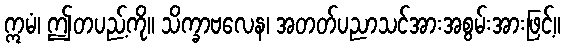
ဣမံ၊ ဤတပည့်ကို။ သိက္ခာဗလေန၊ အတတ်ပညာသင်အားအစွမ်းအားဖြင့်။